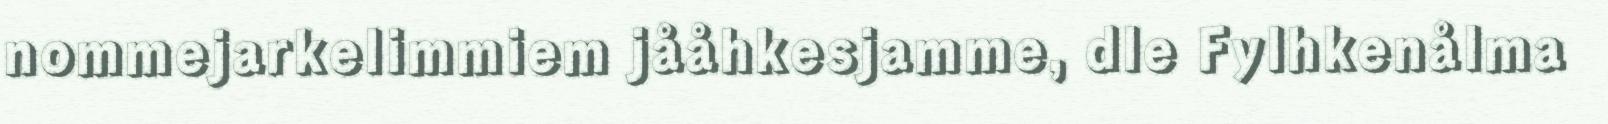
nommejarkelimmiem jååhkesjamme, dle Fylhkenålma